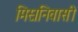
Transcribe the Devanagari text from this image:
मिस्रनिवासी